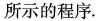
所示的程序.